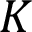
K